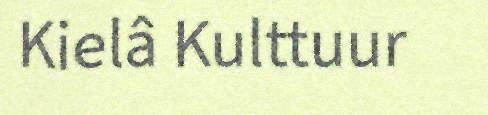
Kielâ Kulttuur